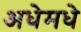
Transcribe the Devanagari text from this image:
अधेमधे